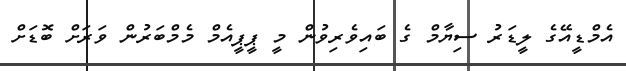
އެމްޑީއޭގެ ލީޑަރު ސިޔާމް ގެ ބައިވެރިވުން މީ ޕީޕީއެމް މެމްބަރުން ވަަރަށް ބޮޑަށް